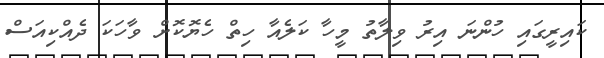
ކައިރީގައި ހުންނަ އިރު ވިލާތު މީހާ ކަލެއާ ހިތް ހެޔޮކޮށް ވާހަކަ ދެއްކިއަސް